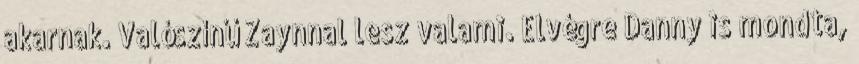
akarnak. Valószínű Zaynnal lesz valami. Elvégre Danny is mondta,